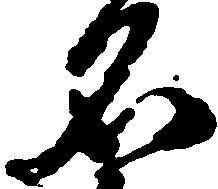
名